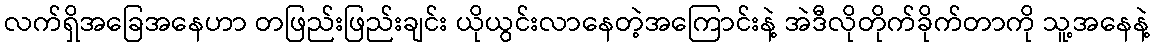
လက်ရှိအခြေအနေဟာ တဖြည်းဖြည်းချင်း ယိုယွင်းလာနေတဲ့အကြောင်းနဲ့ အဲဒီလိုတိုက်ခိုက်တာကို သူ့အနေနဲ့